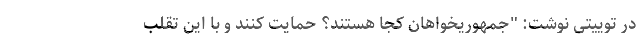
در توییتی نوشت: "جمهوریخواهان کجا هستند؟ حمایت کنند و با این تقلب